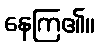
နေကြ၏။